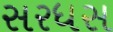
સરધસ